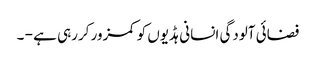
فضائی آلودگی انسانی ہڈیوں کو کمزور کررہی ہے - ۔